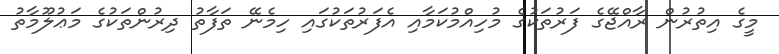
މީގެ އިތުރުން ރާއްޖޭގެ ފަރުތަކުގެ މުހިއްމުކަމާއި އެފަރުތަކުގައި ހިމެނޭ ތަފާތު ދިރުންތަކުގެ މަޢުލޫމާތު